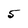
Character: 5